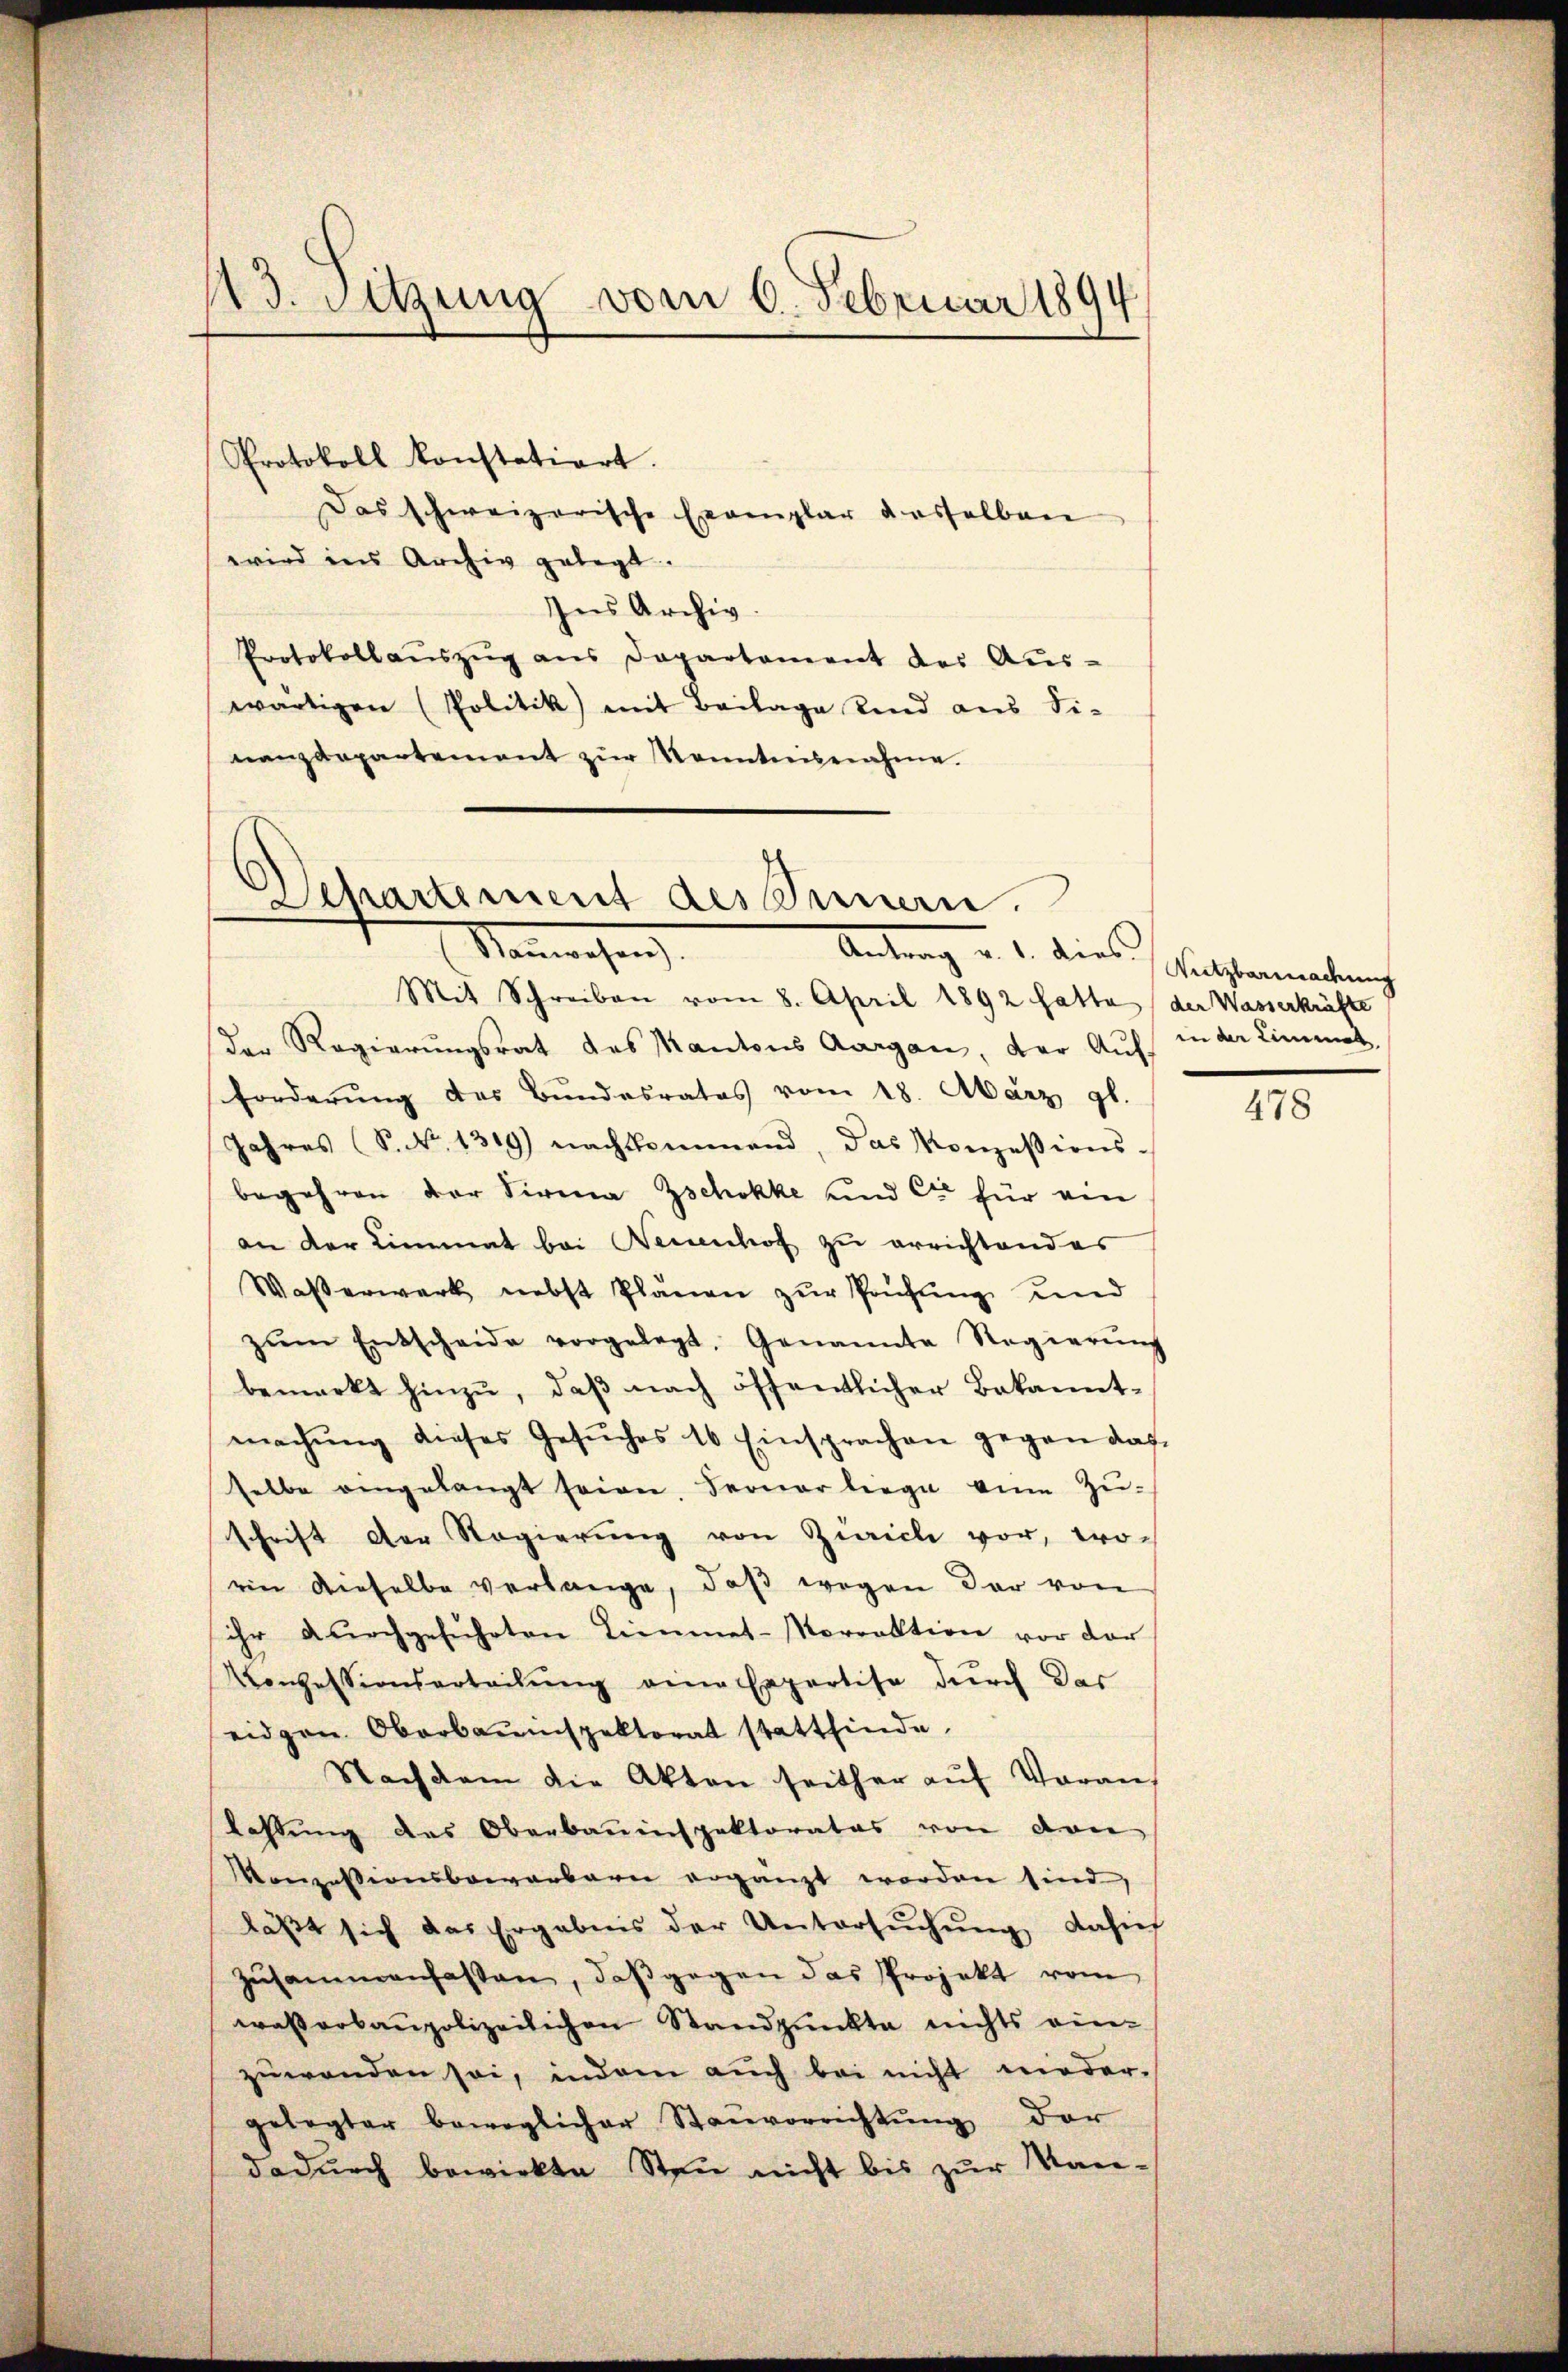
113. Sitzung vom 6. Februar 1894

Protokoll konstatiert.
Das schweizerische Exemplar dasselben
wird ins Archiv gelegt.
Ins Archiv.
Protokollaŭszŭg ans Departament des Aus-
wärtigen (Politik mit Beilage sind aus Si-
nanzdepartement zŭr Kenntnisnahme.

Departement des Innern.
Nanwesen
Antrag u. d. dies Gutstenmanung

Mit Schreiben vom 8. April 1892 fatta der Wasserkräfte
der Regierungsrat des Kantons Aargau, der Auf¬
Forderŭng des Bundesrates vom 18. März gl.
Jahres (S. 1319) nachkommend, das Konzessions-
begehren der Firma Zschokke und Cie für ein
an der Limmat bei Neuenhof zu errichtendes
Waßerwerk nebst Plänen zŭr Prüfŭng und
zŭm Entscheide vorgelegt, Genannte Regierŭng
bemerkt hinzu, daβ nach öffentlicher Bekannt-
machŭng dieses Gesŭches 16 Einsprachen gegen das
selbe eingelangt seien, Ferner liege von Zuschrift der Regierŭng von Zürich vor, woein dieselbe verlange, daβ wegen der von
ihr durchgeführten Limmet-Norrektion vor der
Konzessionsarteilŭng eine Expertise durch das
eidgen. Oberbauinspektorat stattfinde.
Nachdem die Akten seither aŭf Vorans
lassung des Oberbauinspektorates von von
Konzessionsbewarbarn ergänzt worden sind,
läβt sich das Ergebnis der Untersŭchŭng dasich
zŭsammenhassen, daβ gegen das Projekt vom
wasserbaupolizeilichen Standpunkte nichts einzuwenden sei, indem auch bei nicht niedergelegter beweglicher Stanvorrichtung der
dadurch bewirkte Steu nicht bis zur Man-

in der Limmat

478